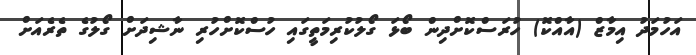
އަހުމަދު އިމާޒް (އާއްކޮ) ހުރަސްކޮށްދިން ބޯޅަ ގޯލުކުރިމަތީގައި ހުސްކޮށްހުރި ނާޝިދަށް ގޯލުގެ ތެރެއަށް